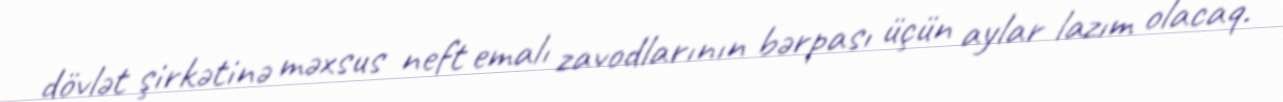
dövlət şirkətinə məxsus neft emalı zavodlarının bərpası üçün aylar lazım olacaq.